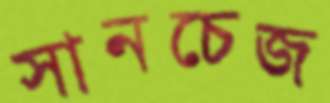
সানচেজ